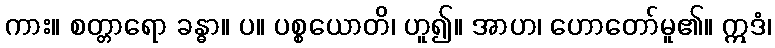
ကား။ စတ္တာရော ခန္ဓာ။ ပ။ ပစ္စယောတိ၊ ဟူ၍။ အာဟ၊ ဟောတော်မူ၏။ ဣဒံ၊